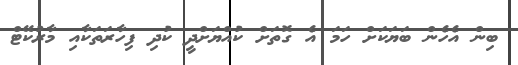
ބިން އެހެން ބަޔަކަށް ހަމަ އެ ގޮތަށް ކުއްޔަށްދީ ކުދި ފިހާރަތަކާއި މާރުކޭޓް